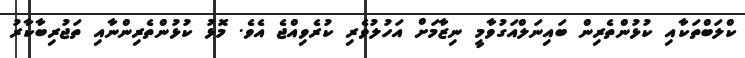
ކްލަބްތަކާއި ކުޅުންތެރިން ބައިނަލްއަގުވާމީ ނިޒާމަށް އަހުލުވެރި ކުރެވިއްޖެ އެވެ. މޮޅު ކުޅުންތެރިންނާއި ތަޖުރިބާކާރު